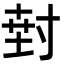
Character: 𭔵